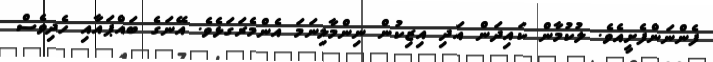
ފެންނަންފެށީއެވެ. ލުކުމާން ކައިދަން އަދި އިޒިކުން ނިންމާލިނަމަ އެންމެރަގަޅެވެ. އޭނަގެ ބައްޕައާއި ހެދިވެސް